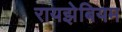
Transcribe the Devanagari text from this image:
रायझेबियम